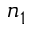
n _ { 1 }